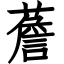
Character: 薝